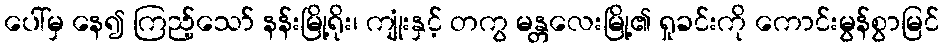
ပေါ်မှ နေ၍ ကြည့်သော် နန်းမြို့ရိုး၊ ကျုံးနှင့် တကွ မန္တလေးမြို့၏ ရှုခင်းကို ကောင်းမွန်စွာမြင်